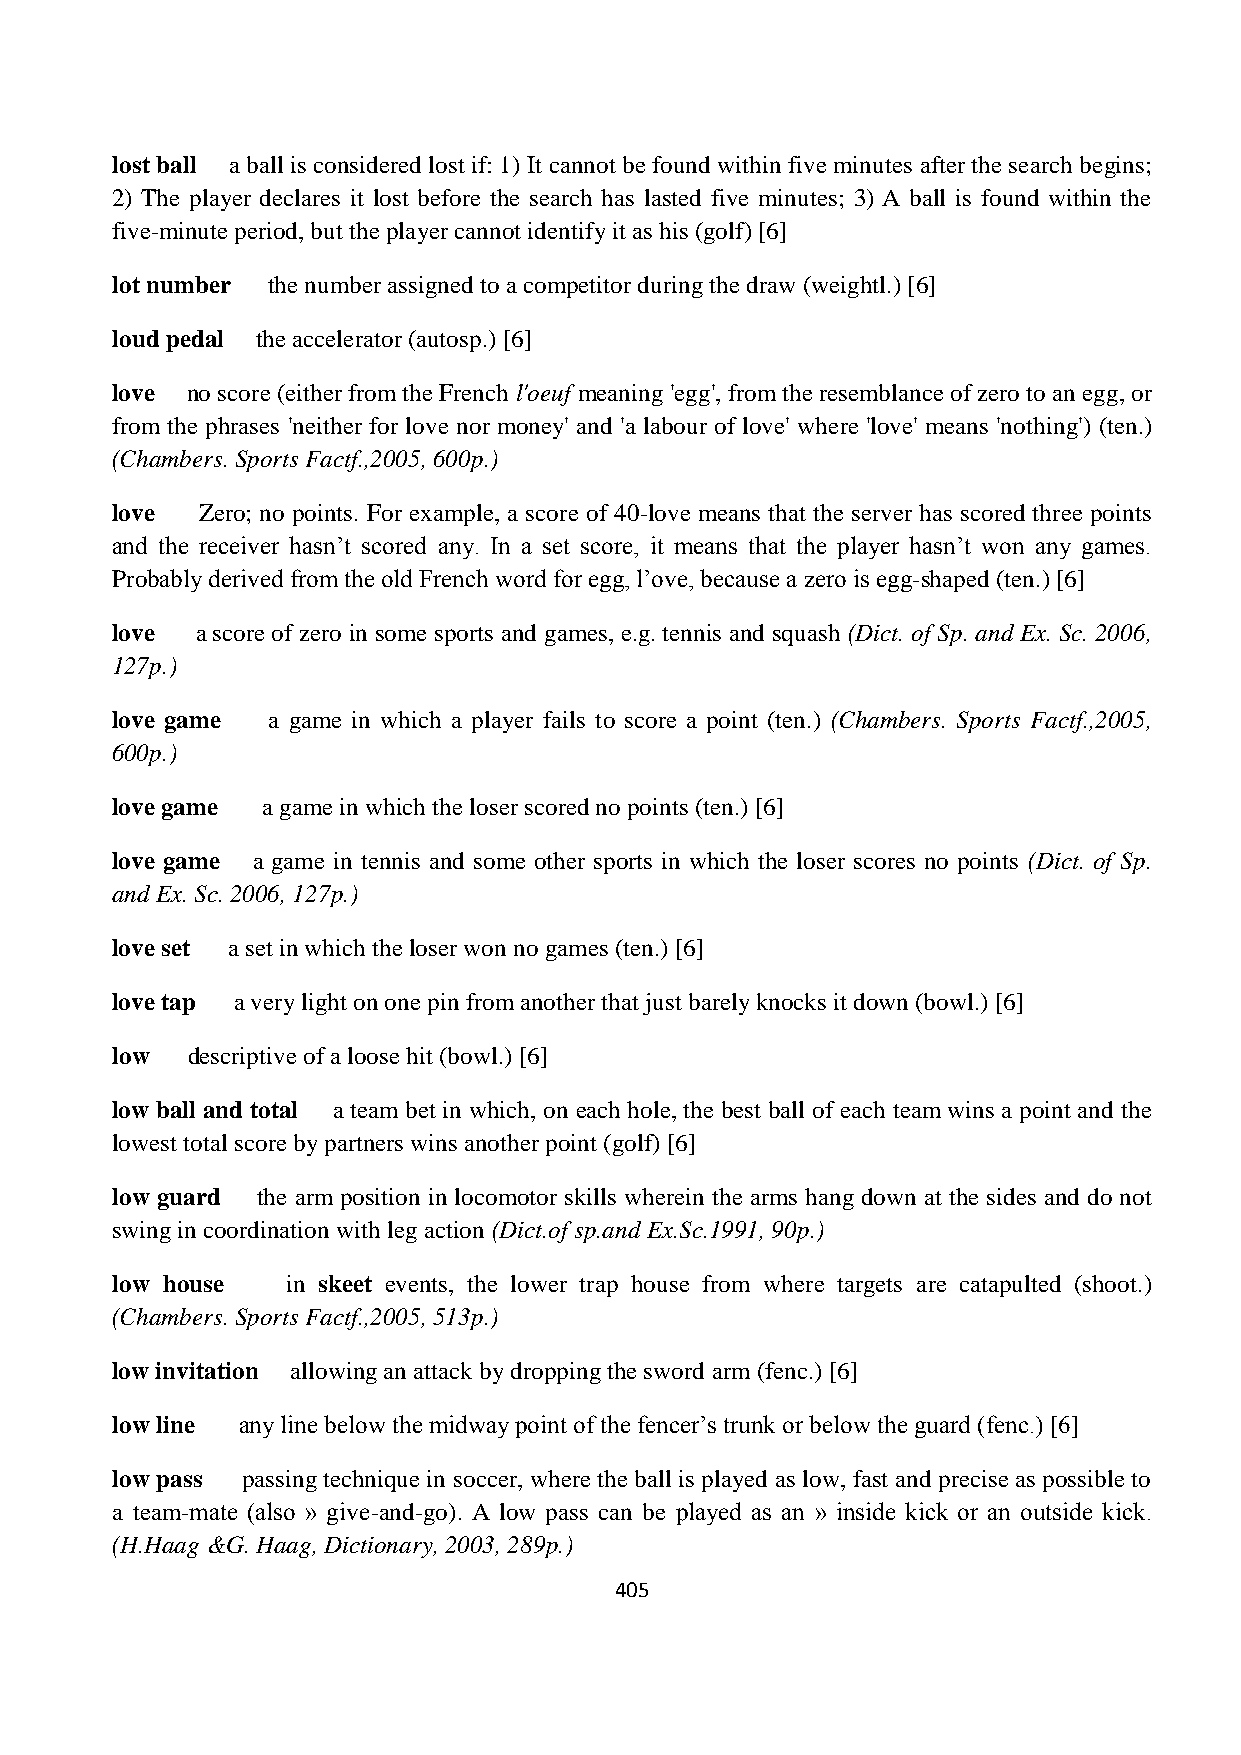
lost ball a ball is considered lost if: 1) It cannot be found within five minutes after the search begins;
 2) The player declares it lost before the search has lasted five minutes; 3) A ball is found within the
 five-minute period, but the player cannot identify it as his (golf) [6]
 lot number the number assigned to a competitor during the draw (weightl.) [6]
 loud pedal the accelerator (autosp.) [6]
 love no score (either from the French l'oeuf meaning 'egg', from the resemblance of zero to an egg, or
 from the phrases 'neither for love nor money' and 'a labour of love' where 'love' means 'nothing') (ten.)
 (Chambers. Sports Factf.,2005, 600p.)
 love  Zero; no points. For example, a score of 40-love means that the server has scored three points
 and the receiver hasn‟t scored any. In a set score, it means that the player hasn‟t won any games.
 Probably derived from the old French word for egg, l‟ove, because a zero is egg-shaped (ten.) [6]
 love  a score of zero in some sports and games, e.g. tennis and squash (Dict. of Sp. and Ex. Sc. 2006,
 127p.)
 love game  a game in which a player fails to score a point (ten.) (Chambers. Sports Factf.,2005,
 600p.)
 love game a game in which the loser scored no points (ten.) [6]
 love game a game in tennis and some other sports in which the loser scores no points (Dict. of Sp.
 and Ex. Sc. 2006, 127p.)
 love set a set in which the loser won no games (ten.) [6]
 love tap a very light on one pin from another that just barely knocks it down (bowl.) [6]
 low  descriptive of a loose hit (bowl.) [6]
 low ball and total a team bet in which, on each hole, the best ball of each team wins a point and the
 lowest total score by partners wins another point (golf) [6]
 low guard the arm position in locomotor skills wherein the arms hang down at the sides and do not
 swing in coordination with leg action (Dict.of sp.and Ex.Sc.1991, 90p.)
 low house   in skeet events, the lower trap house from where targets are catapulted (shoot.)
 (Chambers. Sports Factf.,2005, 513p.)
 low invitation allowing an attack by dropping the sword arm (fenc.) [6]
 low line any line below the midway point of the fencer‟s trunk or below the guard (fenc.) [6]
 low pass passing technique in soccer, where the ball is played as low, fast and precise as possible to
 a team-mate (also » give-and-go). A low pass can be played as an » inside kick or an outside kick.
 (H.Haag &G. Haag, Dictionary, 2003, 289p.)
 405